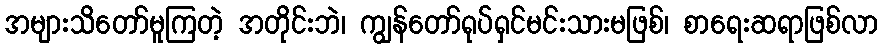
အများသိတော်မူကြတဲ့ အတိုင်းဘဲ၊ ကျွန်တော်ရုပ်ရှင်မင်းသားမဖြစ်၊ စာရေးဆရာဖြစ်လာ